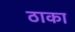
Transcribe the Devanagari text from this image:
ठाका